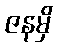
ဇနမှိ